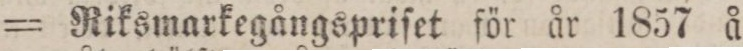
= Riksmarkegångspriſet för år 1857 å